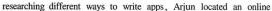
researching different ways to write apps,Arjun located an online